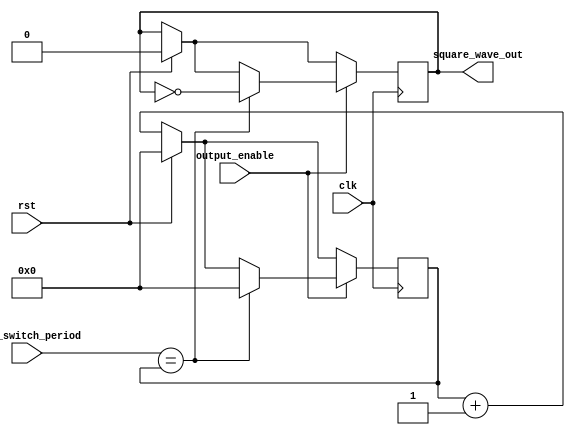
module tone_generator (
    input output_enable,
    input [23:0] tone_switch_period,
    input rst,
    input clk,
    output square_wave_out
);
    reg [23:0] clock_counter;
    reg sq_wave_reg;
    
    assign square_wave_out = sq_wave_reg;
    
    always @(posedge clk) begin
        if (rst) begin
            sq_wave_reg <= 0;
            clock_counter <= 24'd0;
        end
        else begin
            clock_counter <= clock_counter + 24'd1;
        end
        if (output_enable) begin
            if (tone_switch_period == clock_counter) begin
                sq_wave_reg <= ~sq_wave_reg;
                clock_counter <= 0;
            end
        end
     end

endmodule